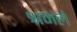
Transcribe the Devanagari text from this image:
श्रमले